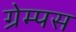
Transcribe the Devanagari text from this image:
ग्रेम्पस